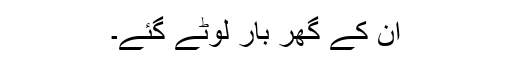
ان کے گھر بار لوٹے گئے۔